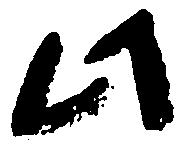
此